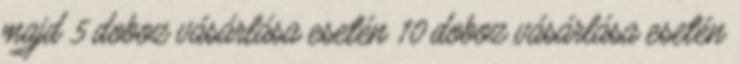
majd 5 doboz vásárlása esetén 10 doboz vásárlása esetén